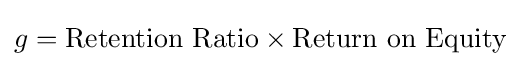
g={\text{Retention Ratio}}\times {\text{Return on Equity}}